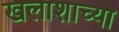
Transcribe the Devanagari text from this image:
खलाशाच्या